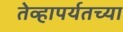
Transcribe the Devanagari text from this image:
तेव्हापर्यतच्या